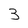
Character: 3